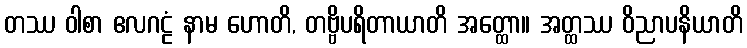
တဿ ဝါစာ ဧလဂဠံ နာမ ဟောတိ, တဗ္ဗိပရိတာယာတိ အတ္ထော။ အတ္ထဿ ဝိညာပနိယာတိ